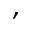
,